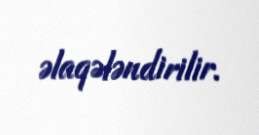
əlaqələndirilir.